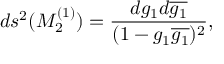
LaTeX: d s ^ { 2 } ( { \cal M } _ { 2 } ^ { ( 1 ) } ) = \frac { d g _ { 1 } d \overline { { { g _ { 1 } } } } } { ( 1 - g _ { 1 } \overline { { { g _ { 1 } } } } ) ^ { 2 } } ,